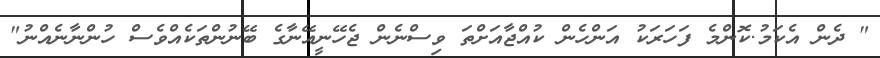
" ދެން އެކަމު.ކޮންމެ ފަހަރަކު އަންހެން ކުއްޖާއަށްތަ ވިސްނެން ޖެހޭނީއޭނާގެ ބޭނުންތަކެއްވެސް ހުންނާނެއްނު"